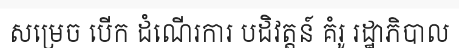
សម្រេច បើក ដំណើរការ បដិវត្តន៍ គំរូ រដ្ឋាភិបាល